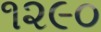
૧૨૯૦